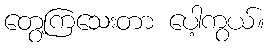
တွေ့ကြသေးတာ ပေါ့ကွယ်။